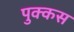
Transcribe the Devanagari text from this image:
पुक्कस